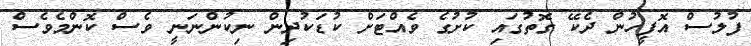
ފުލުސް އޮފީހުން ދެކޭ ގޮތުގައި ކުށުގެ ވެއްޓަށް ކުޑަކުދިން ނިކުންނަނީ ވެސް ކޮންމެވެސް